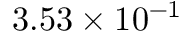
3 . 5 3 \times 1 0 ^ { - 1 }